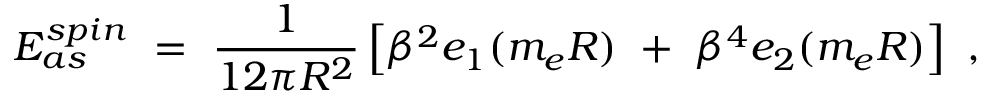
{ \cal E } _ { a s } ^ { s p i n } \ = \ \frac { 1 } { 1 2 \pi R ^ { 2 } } \left[ \beta ^ { 2 } e _ { 1 } ( m _ { e } R ) \ + \ \beta ^ { 4 } e _ { 2 } ( m _ { e } R ) \right] \ ,